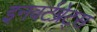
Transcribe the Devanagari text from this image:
इनवर्टब्रेट्स